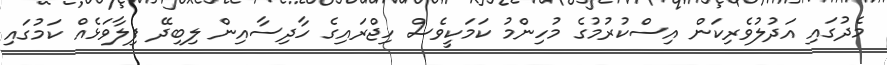
މެދުގައި އަދުލުވެރިކަން އިސްކުރުމުގެ މުހިންމު ކަމަކީވެސް ހިޖްރައިގެ ހާދިސާއިން ލިބިދޭ ފިލާވަޅެއް ކަމުގައި